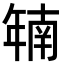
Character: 𫷜